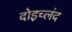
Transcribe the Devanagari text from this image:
दोइच्लंद